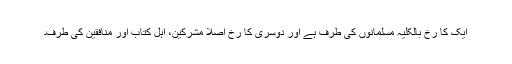
ایک کا رخ بالکلیہ مسلمانوں کی طرف ہے اور دوسری کا رخ اصلاً مشرکین، اہل کتاب اور منافقین کی طرف۔